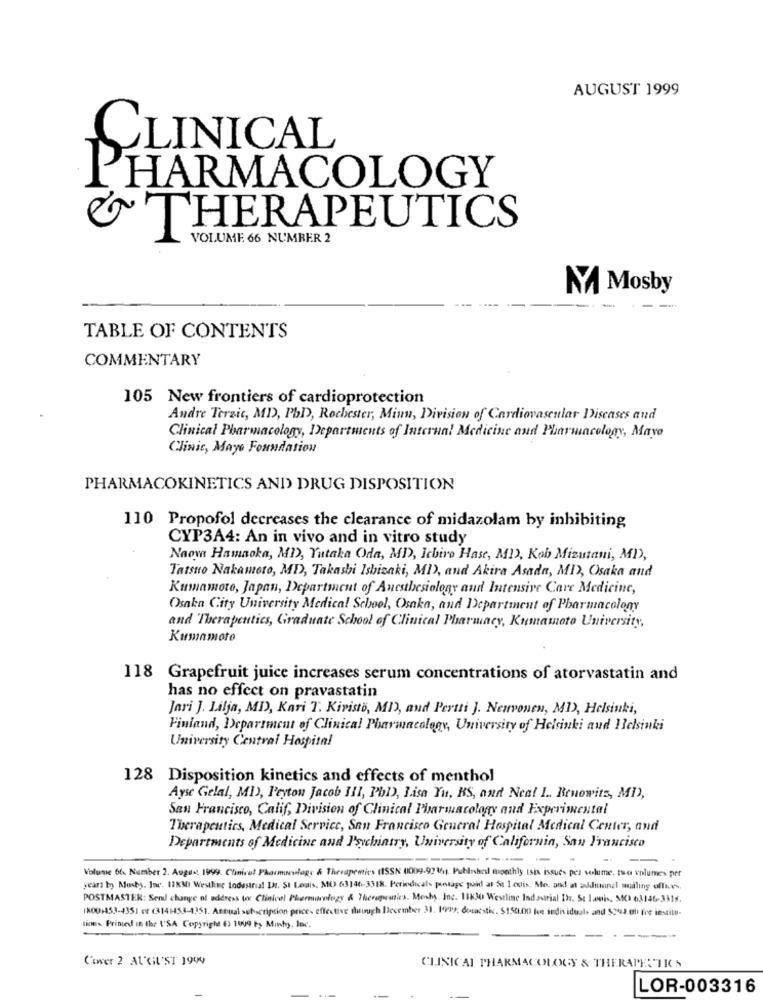
AUGUST 1999
CLINICAL
PHARMACOLOGY
THERAPEUTICS
VOLUME 66 NUMBER 2
MA Mosby
TABLE OF CONTENTS
COMMENTARY
105 New frontiers of cardioprotection
Andre Terzic, MD, PHD, Rochester, Minn, Division of Cardiovascular Diseases and
Clinical Pharmacology, Departments of Internal Medicine and Pharmacology, Mayo
Clinic, Mayo Foundation
PHARMACOKINETICS AND DRUG DISPOSITION
110 Propofol decreases the clearance of midazolam by inhibiting
CYP3A4: An in vivo and in vitro study
Naova Hamaoka, MD, Yutaka Oda, MD, Ichiro Hase, MI), Kob Mizutani, MI),
Tatsuo Nakamoto, MD, Takashi Ishizaki, MI), and Akira Asada, MI), Osaka and
Kumamoto, Japan, Department of Anesthesiology and Intensive Care Medicine,
Osaka City University Medical School, Osaka, and Department of Pharmacology
and Therapeutics, Graduate School of Clinical Pharmacy, Kumamoto University,
Kumamoto
118 Grapefruit juice increases serum concentrations of atorvastatin and
has no effect on pravastatin
Jari J. Lilja, MD, Kari T. Kiristö, MD, and Pertti J. Neuvonen, MI), Helsinki,
Finland, Department of Clinical Pharmacology, University of Helsinki aud Helsinki
University Central Hospital
128 Disposition kinetics and effects of menthol
Ayse Gelal, MI), Peyton Jacob 111, PbD), Lisa Yu, BS, and Neal 1 .. Benowits, MI),
San Francisco, Calif, Division of Clinical Pharmacology and Experimental
Therapeutics, Medical Service, San Francisco General Hospital Medical Center, and
Departments of Medicine and Psychiatry, University of California, San Francisco
Volume 66. Number 2. August 1999. Clinicul Pharminvlogs & Therapeutics (ISSN (1009.9716). Puhinheil monthly tsix issues per volume. two volumes per
year by Mosby. Inc. 11830 Westline todustrial It. St Louis, MO 63146-3318. Periodical- postage paid al St 1 mois. Me, and at additional maling offices,
POSTMASTER: Send change of address for Clinical Pherurology & Theruguanica. Meshs. Inc. 15KM Westline Indaurial Dr. St Louis, MO 63146-3314.
1X00:453-4351 et (314H453-4351. Annual subscription price- effective though December 31. 149999, desacstic. $150.000 lee individuals and $243.00 fre institu-
line. Printed in the ('SA Copyright 6) 1009 è; Miwhy, loc.
---
-----
Cover 2 AUGUST 1999
CLINICAL PHARMACOLOGY & THERAMERTICS
LOR-003316